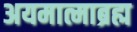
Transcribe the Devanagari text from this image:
अयमात्माब्रह्म